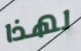
لهذا